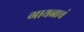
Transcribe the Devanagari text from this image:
गायनाचं